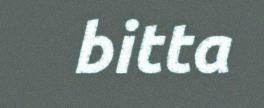
bitta